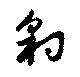
豹